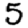
Digit: 5